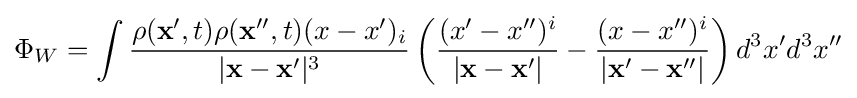
\Phi _{W}=\int {\rho (\mathbf {x} ',t)\rho (\mathbf {x} '',t)(x-x')_{i} \over |\mathbf {x} -\mathbf {x} '|^{3}}\left({(x'-x'')^{i} \over |\mathbf {x} -\mathbf {x} '|}-{(x-x'')^{i} \over |\mathbf {x} '-\mathbf {x} ''|}\right)d^{3}x'd^{3}x''